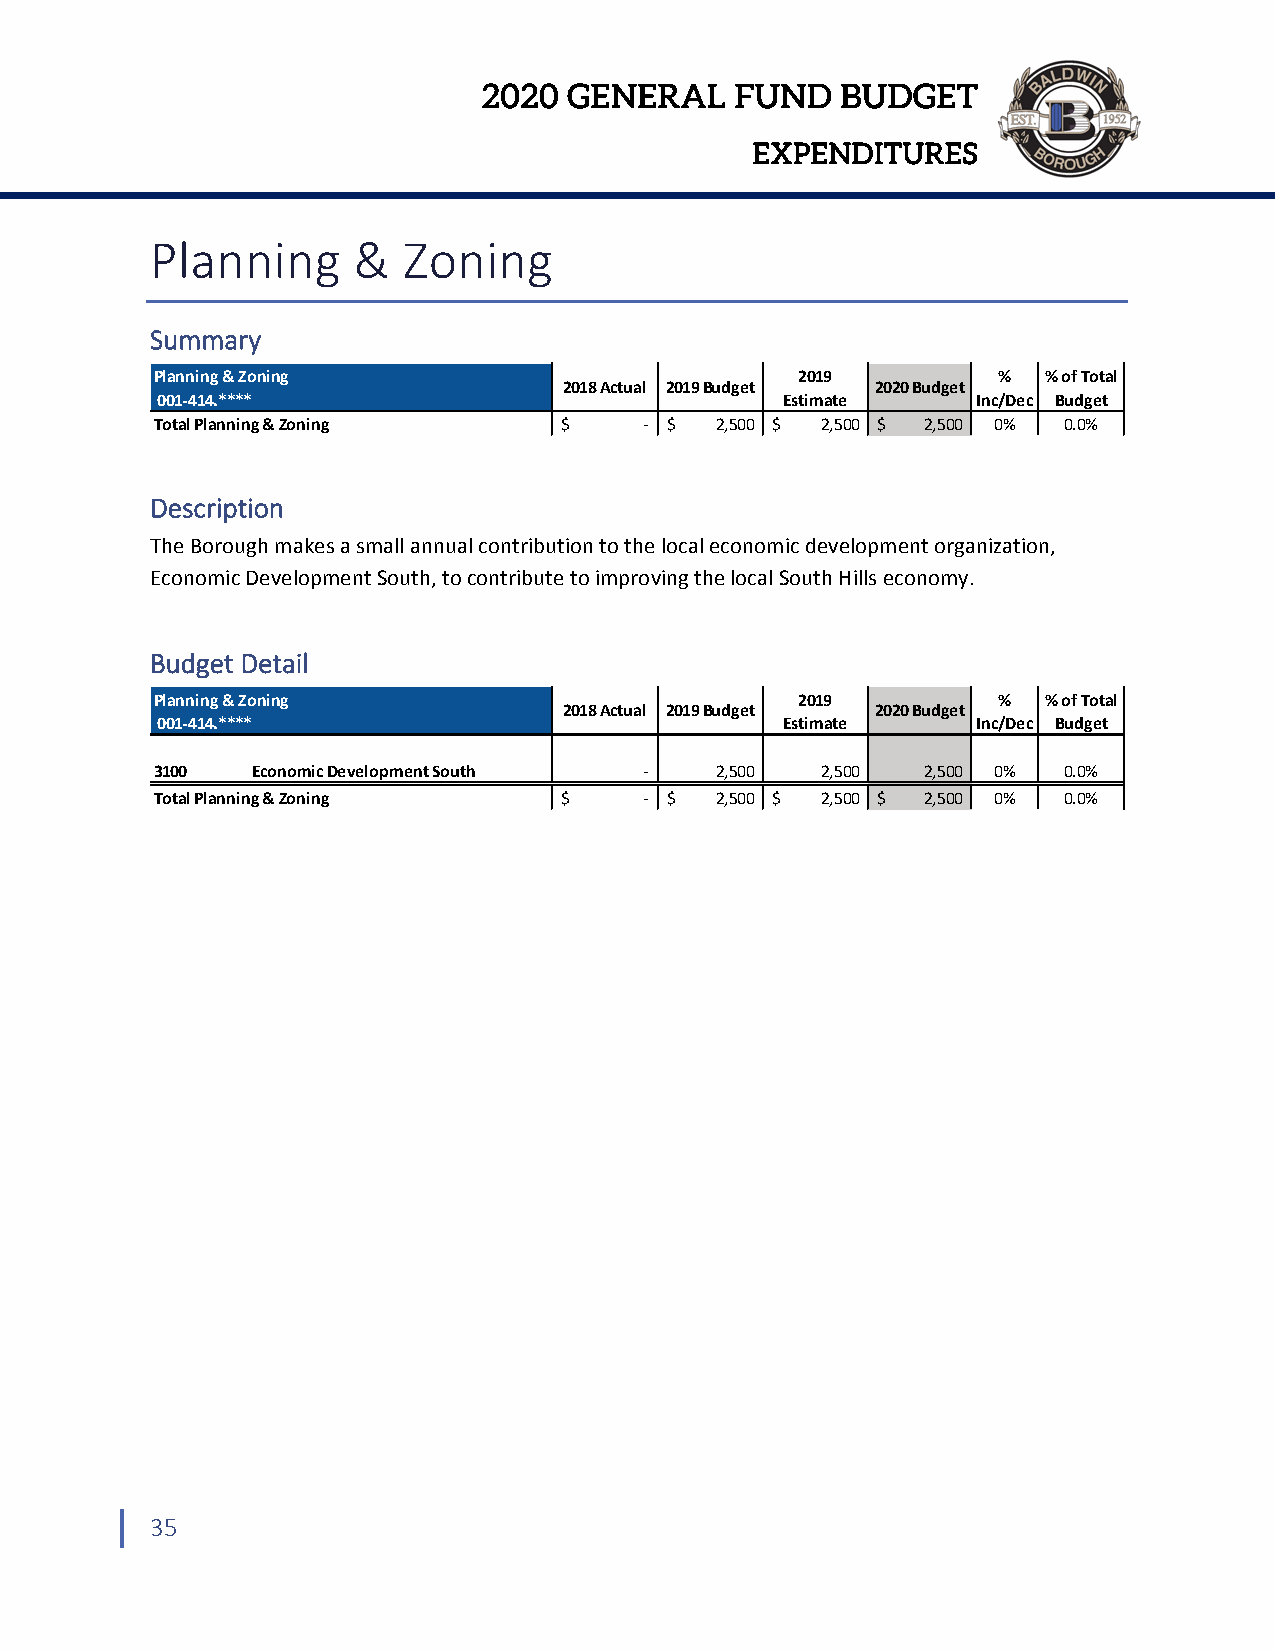
2020  GENERAL    FUND   BUDGET
 EXPENDITURES
 Planning     &   Zoning
 Summary
 Planning & Zoning                          2019         %  % of Total
 2018 Actual 2019 Budget 2020 Budget
 001‐414.****                              Estimate     Inc/Dec Budget
 Total Planning & Zoning    $     ‐ $ 2,500 $ 2,500 $ 2,500 0% 0.0%
 Description
 The Borough makes a small annual contribution to the local economic development organization,
 Economic Development South, to contribute to improving the local South Hills economy.
 Budget Detail
 Planning & Zoning                          2019         %  % of Total
 2018 Actual 2019 Budget 2020 Budget
 001‐414.****                              Estimate     Inc/Dec Budget
 3100   Economic Development South ‐  2,500  2,500  2,500 0% 0.0%
 Total Planning & Zoning    $     ‐ $ 2,500 $ 2,500 $ 2,500 0% 0.0%
 35